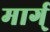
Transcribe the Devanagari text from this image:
मार्ग्